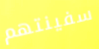
سفينتهم